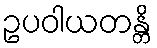
ဥပဝါယတန္တိ